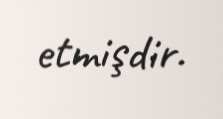
etmişdir.